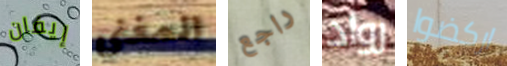
إيفان المغني راجع رواد اركضوا